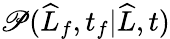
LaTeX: \mathscr{P}(\widehat{{L}}_{f},t_{f}|\widehat{{L}},t)